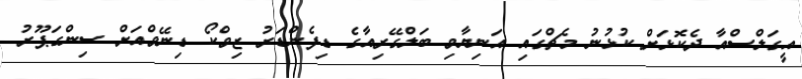
އީގަލްސްއާ ދެކޮޅަށް ކުޅުނު މެޗްގައި އަނިޔާވި ބަލްގޭރިއާގެ ޑިފެންޑަރު ޒިވްކޯ ޑިނޭވްއަށް ސިންގަޕޫރު